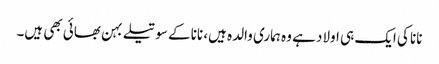
نانا کی ایک ہی اولاد ہے وہ ہماری والدہ ہیں، نانا کے سوتیلے بہن بھائی بھی ہیں۔